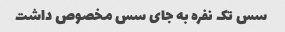
سس تک نفره به جای سس مخصوص داشت